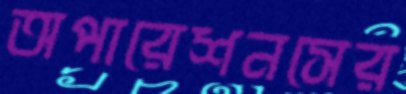
অপারেশনসের